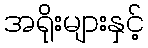
အရိုးများနှင့်